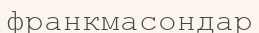
франкмасондар